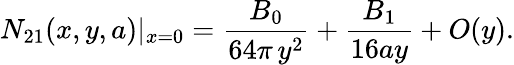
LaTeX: N_{21}(x,y,a)|_{x=0}=\frac{B_{0}}{64\pi\, y^{2}}+\frac{B_{1}}{16ay}+O(y).